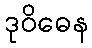
ဒုဝိဓေန